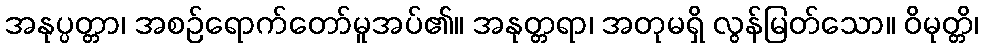
အနုပ္ပတ္တာ၊ အစဉ်ရောက်တော်မူအပ်၏။ အနုတ္တရာ၊ အတုမရှိ လွန်မြတ်သော။ ဝိမုတ္တိ၊